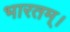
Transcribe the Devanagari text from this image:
भारतम्।